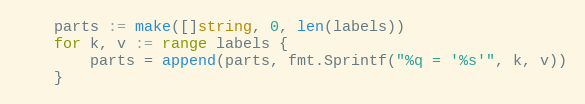
Language: Go
	parts := make([]string, 0, len(labels))
	for k, v := range labels {
		parts = append(parts, fmt.Sprintf("%q = '%s'", k, v))
	}